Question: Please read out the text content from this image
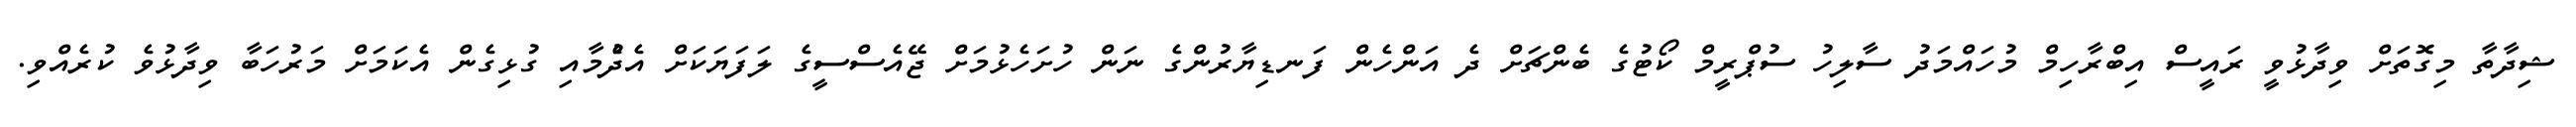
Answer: ޝިދާތާ މިގޮތަށް ވިދާޅުވީ ރައީސް އިބްރާހިމް މުހައްމަދު ސާލިހު ސުޕްރީމް ކޯޓުގެ ބެންޗަށް ދެ އަންހެން ފަނޑިޔާރުންގެ ނަން ހުށަހެޅުމަށް ޖޭއެސްސީގެ ލަފަޔަކަށް އެދެުމާއި ގުޅިގެން އެކަމަށް މަރުހަބާ ވިދާޅުވެ ކުރެއްވި.